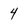
Character: 4